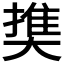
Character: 𡙱